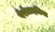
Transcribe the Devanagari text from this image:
पैरोटाइटिस